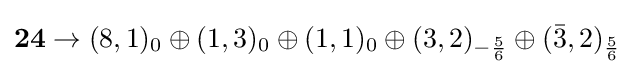
\mathbf {24} \rightarrow (8,1)_{0}\oplus (1,3)_{0}\oplus (1,1)_{0}\oplus (3,2)_{-{\frac {5}{6}}}\oplus ({\bar {3}},2)_{\frac {5}{6}}